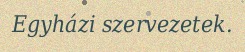
Egyházi szervezetek.